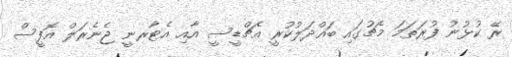
ރޭ ކުޅުނު ފުރަތަމަ މެޗުގައި ބައްދަލުކުރީ އެޗްޑީސީ އާއި އެޓާރނީ ޖެނެރަލް އޮފީސް